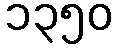
၁၃၅၀